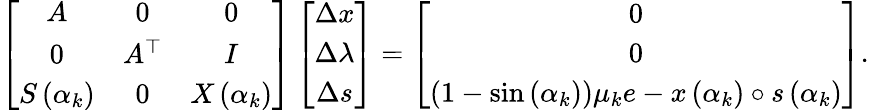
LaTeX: \left[\begin{array}{ccc}{A}&{0}&{0}\\ {0}&{A^{\top}}&{I}\\ {S\left(\alpha_{k}\right)}&{0}&{X\left(\alpha_{k}\right)}\end{array}\right]\left[\begin{array}{c}{\Delta x}\\ {\Delta\lambda}\\ {\Delta s}\end{array}\right]=\left[\begin{array}{c}{0}\\ {0}\\ {\left(1-\sin\left(\alpha_{k}\right)\right)\mu_{k}e-x\left(\alpha_{k}\right)\circ s\left(\alpha_{k}\right)}\end{array}\right].